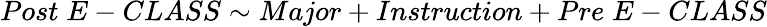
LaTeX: Post\; E-CLASS\sim Major+Instruction+Pre\; E-CLASS